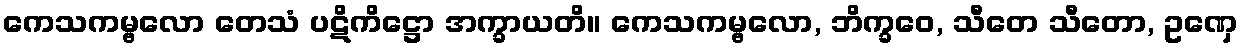
ကေသကမ္ဗလော တေသံ ပဋိကိဋ္ဌော အက္ခာယတိ။ ကေသကမ္ဗလော, ဘိက္ခဝေ, သီတေ သီတော, ဥဏှေ